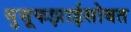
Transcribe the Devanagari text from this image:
युसूफझाईसोबत